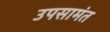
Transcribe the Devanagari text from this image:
उपसामंत